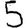
Digit: 5